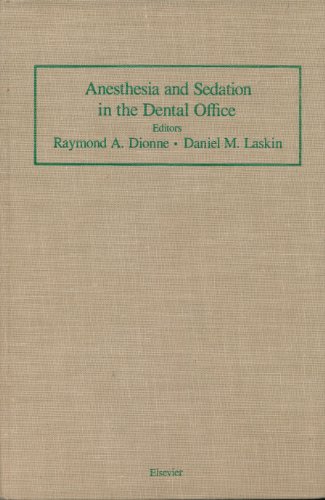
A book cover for Anaesthesia and Sedation in the Dental Office; Medical Books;